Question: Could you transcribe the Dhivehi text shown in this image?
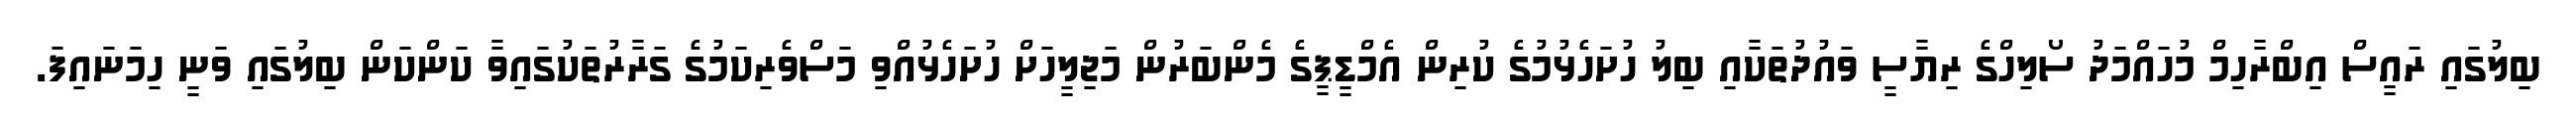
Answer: ބިލުގައި ރައީސް އިބްރާހިމް މުހައްމަދު ސޯލިހްގެ ރިޔާސީ ވައުދުތަކާއި ބިލު ހުށަހެޅުމުގެ ކުރިން އެމްޑީޕީގެ މެންބަރުން މަޖިލީހަށް ހުށަހެޅުއްވި މަސްވެރިކަމުގެ ގަރާރުތަކުގައިވާ ކަންކަން ބިލުގައި ވަނީ ހިމަނައިފަ.